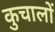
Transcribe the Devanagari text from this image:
कुचालों